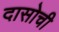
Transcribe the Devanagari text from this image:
दासोची